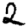
Digit: 2